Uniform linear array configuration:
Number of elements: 12
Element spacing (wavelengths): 1
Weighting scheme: exponential
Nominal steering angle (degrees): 30
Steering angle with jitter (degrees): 30.372
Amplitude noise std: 0.05
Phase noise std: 0.05

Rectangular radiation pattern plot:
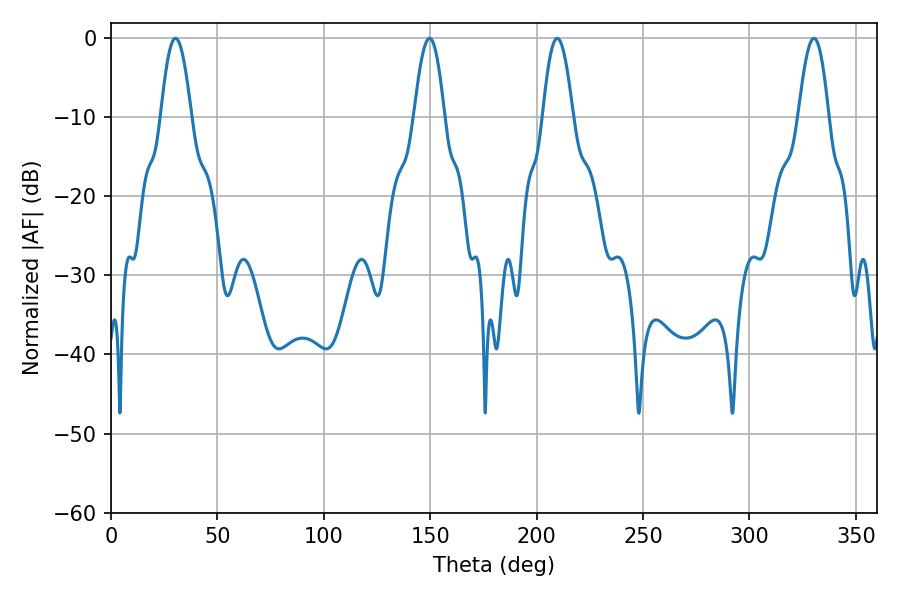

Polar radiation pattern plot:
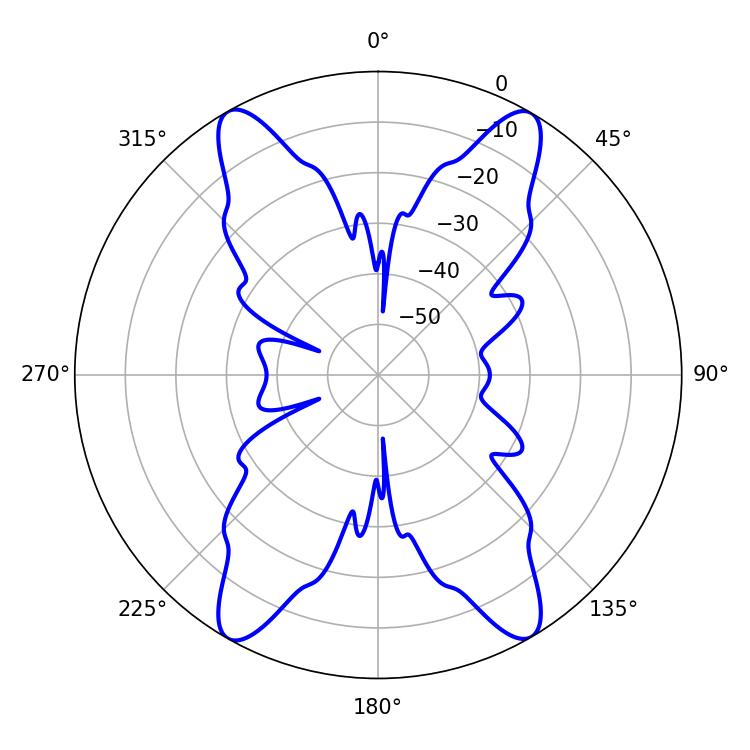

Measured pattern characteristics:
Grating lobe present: TRUE
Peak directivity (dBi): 28.326
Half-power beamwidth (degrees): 7.74
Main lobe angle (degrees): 209.7